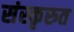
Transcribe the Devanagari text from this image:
संस्कृरुत